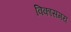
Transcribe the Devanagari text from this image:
विकासमय